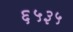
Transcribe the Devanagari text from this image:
६५३५